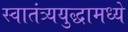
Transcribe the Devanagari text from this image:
स्वातंत्र्ययुद्धामध्ये